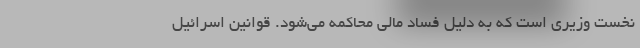
نخست ‌وزیری است که به دلیل فساد مالی محاکمه می‌شود. قوانین اسرائیل